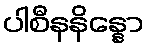
ပါစီနနိန္နော